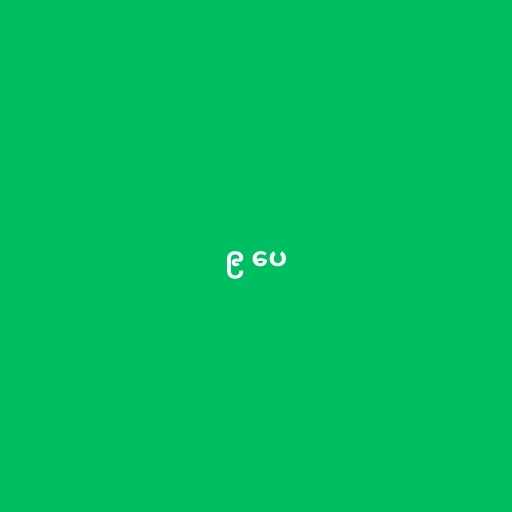
၉ ပေ